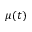
\mu ( t )